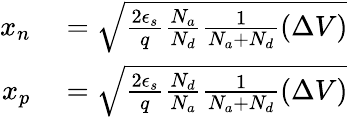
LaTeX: \begin{array}{rl}{x_{n}}&{{}={\sqrt{{\frac{2\epsilon_{s}}{q}}{\frac{N_{a}}{N_{d}}}{\frac{1}{N_{a}+N_{d}}}(\Delta V)}}}\\ {x_{p}}&{{}={\sqrt{{\frac{2\epsilon_{s}}{q}}{\frac{N_{d}}{N_{a}}}{\frac{1}{N_{a}+N_{d}}}(\Delta V)}}}\end{array}